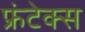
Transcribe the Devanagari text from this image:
फ्रंटेक्स